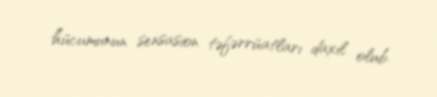
hücumunun sensasion təfərrüatları daxil olub.